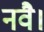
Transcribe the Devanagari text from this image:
नवै।